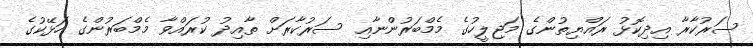
ސަރުކާރާ އިދިކޮޅު ރައްޔިތުންގެ މަޖިލީހުގެ މެމްބަރުންނާއި ސަރުކާރަށް ތާއިދު ކުރައްވާ މެމްބަރުންގެ ހަޅޭކުގެ